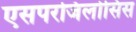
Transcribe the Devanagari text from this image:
एसपरजिलोसिस